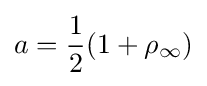
a={\frac {1}{2}}(1+\rho _{\infty })